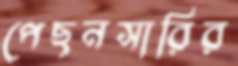
পেছনসারির